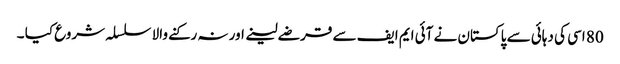
80 اسی کی دہائی سے پاکستان نے آئی ایم ایف سے قرضے لینے اور نہ رکنے والا سلسلہ شروع کیا ۔